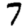
Digit: 7